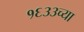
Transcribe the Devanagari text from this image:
१६३३च्या